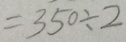
= 3 5 0 \div 2